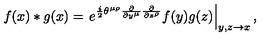
f ( x ) \ast g ( x ) = \left. e ^ { \frac { i } { 2 } \theta ^ { \mu \rho } \frac { \partial } { \partial y ^ { \mu } } \frac { \partial } { \partial z ^ { \rho } } } f ( y ) g ( z ) \right| _ { y , z \to x } ,